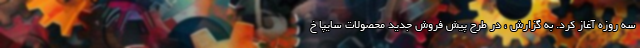
سه روزه آغاز کرد. به گزارش ، در طرح پیش فروش جدید محصولات سایپا خ